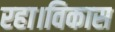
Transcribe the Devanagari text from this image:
रहा।विकास